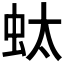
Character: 𧉑